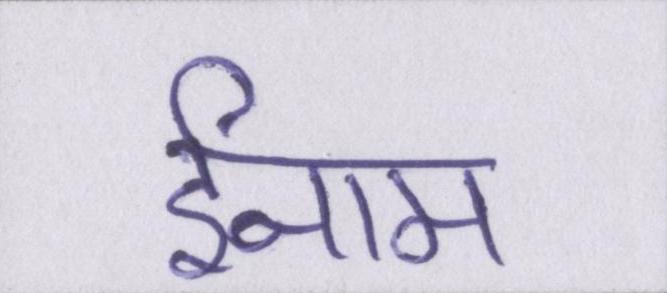
ईनाम